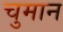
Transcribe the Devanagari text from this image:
चुमान